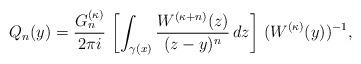
LaTeX: \begin{align*}Q_n(y)=\frac{G_n^{(\kappa)}}{2\pi i} \, \left[\int_{\gamma(x)}\frac{W^{(\kappa+n)}(z)}{(z-y)^n} \, dz\right] \, (W^{(\kappa)}(y))^{-1},\end{align*}